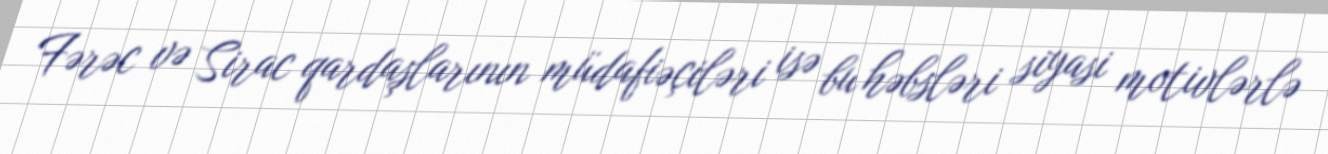
Fərəc və Sirac qardaşlarının müdafiəçiləri isə bu həbsləri siyasi motivlərlə